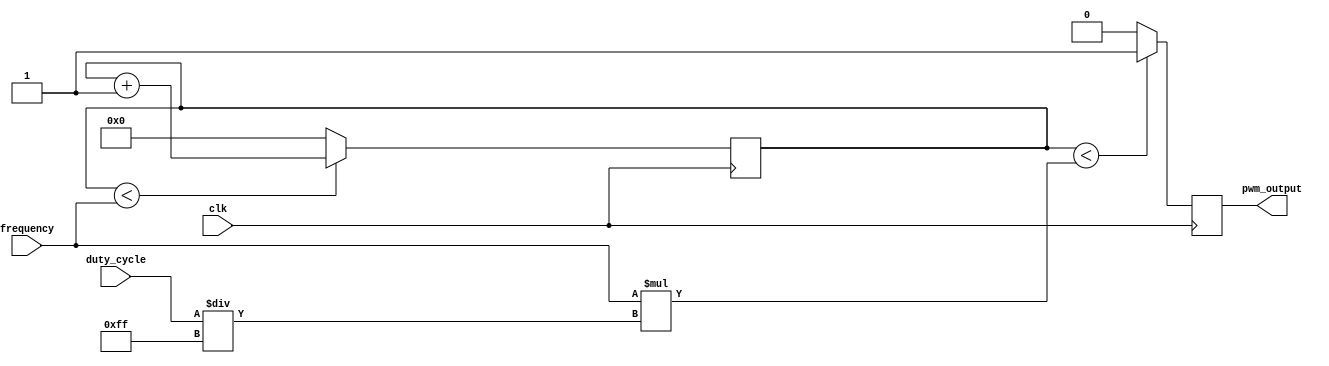
module PWM_generator (
    input wire clk,
    input wire [7:0] duty_cycle,
    input wire [15:0] frequency,
    output wire pwm_output
);

reg [15:0] counter;
reg pwm_signal;

always @(posedge clk) begin
    if (counter < frequency) begin
        counter <= counter + 1;
    end else begin
        counter <= 0;
    end
    if (counter < (frequency * (duty_cycle / 255))) begin
        pwm_signal = 1;
    end else begin
        pwm_signal = 0;
    end
end

assign pwm_output = pwm_signal;

endmodule